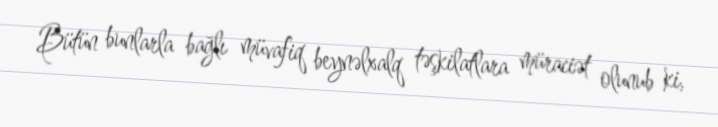
Bütün bunlarla bağlı müvafiq beynəlxalq təşkilatlara müraciət olunub ki,